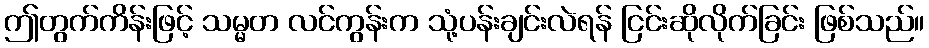
ဤတွက်ကိန်းဖြင့် သမ္မတ လင်ကွန်းက သုံ့ပန်းချင်းလဲရန် ငြင်းဆိုလိုက်ခြင်း ဖြစ်သည်။